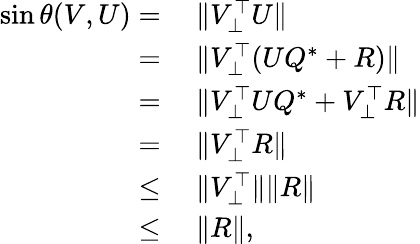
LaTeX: \begin{array}{rl}{\sin\theta(V,U)=}&{~\| V_{\bot}^{\top}U\| }\\ {=}&{~\| V_{\bot}^{\top}(UQ^{*}+R)\| }\\ {=}&{~\| V_{\bot}^{\top}UQ^{*}+V_{\bot}^{\top}R\| }\\ {=}&{~\| V_{\bot}^{\top}R\| }\\ {\leq}&{~\| V_{\bot}^{\top}\| \| R\| }\\ {\leq}&{~\| R\| ,}\end{array}